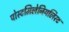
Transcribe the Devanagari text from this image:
पोस्टमिलेनियलिस्ट